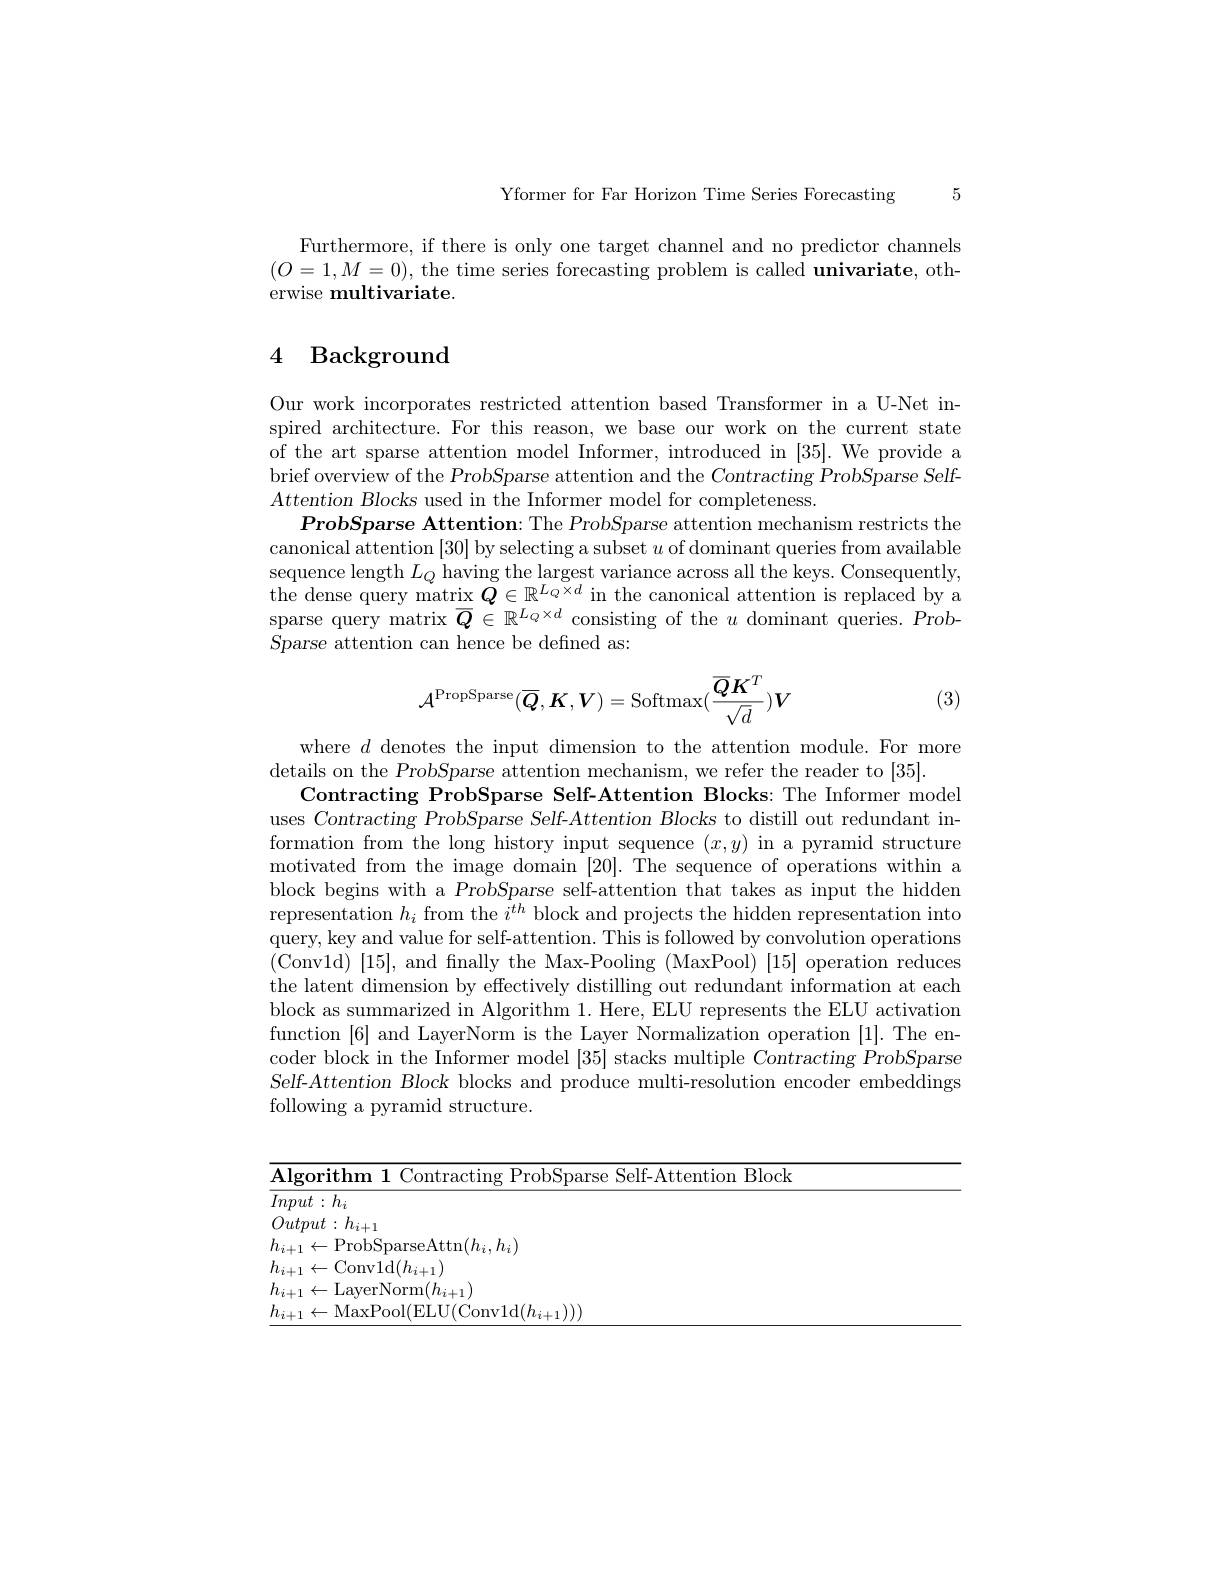
5

Yformer for Far Horizon Time Series Forecasting

Furthermore, if there is only one target channel and no predictor channels $(O=1,M=0)$, the time series forecasting problem is called univariate, otherwise multivariate.

# 4 Background

Our work incorporates restricted attention based Transformer in a U-Net inspired architecture. For this reason, we base our work on the current state of the art sparse attention model Informer, introduced in [35]. We provide a brief overview of the ProbSparse attention and the Contracting ProbSparse SelfAttentionBlocks used in the Informer model for completeness.
ProbSparse Attention: The ProbSparse attention mechanism restricts the canonical attention [30] by selecting a subset $u$ of dominant queries from available sequence length $L_Q$ having the largest variance across all the keys. Consequently, he dense query matrix $\bar{Q}\in\mathbb{R}^{L_{Q}\times d}$ in the canonical attention is replaced by a sparse query matrix $\overline{Q}\in\mathbb{R}^{L_Q\times d}$ consisting of the $u$ dominant queries. Prob- $S$parse attention can hence be defined as:
$$\mathcal{A}^{\mathrm{PropSparse}}(\overline{Q},K,V)=\mathrm{Softmax}(\frac{\overline{Q}K^{T}}{\sqrt{d}})\boldsymbol{V}$$
(3)

where $d$ denotes the input dimension to the attention module. For more
details on the ProbSparse attention mechanism, we refer the reader to [35].
Contracting ProbSparse Self-Attention Blocks: The Informer model uses Contracting ProbSparse Self-Attention Blocks to distill out redundant information from the long history input sequence $(x,y)$ in a pyramid structure motivated from the image domain [20]. The sequence of operations within a block begins with a ProbSparse self-attention that takes as input the hidden representation $h_i$ from the $i^{th}$ block and projects the hidden representation into query, key and value for self-attention. This is followed by convolution operations (Conv1d) [15], and finally the Max-Pooling (MaxPool) [15] operation reduces the latent dimension by effectively distilling out redundant information at each block as summarized in Algorithm 1. Here, ELU represents the ELU activation function [6] and LayerNorm is the Layer Normalization operation [1]. The encoder block in the Informer model [35] stacks multiple Contracting ProbSparse Self-Attention Block blocks and produce multi-resolution encoder embeddings following a pyramid structure.

<table>
	<tbody>
		<tr>
			<th>Algorithm 1 Contracting ProbSparse Self-</th>
			<th>$\overline{{\mathbf{Al}\mathbf{\varepsilon}}}$ 1</th>
			<th>self- Attention Block</th>
		</tr>
		<tr>
			<td>$\overline{Input:h_{i}}$</td>
			<td>$\overline{Inp};$</td>
			<td> </td>
		</tr>
		<tr>
			<td>$(ntnnt$ ${\cdot}\cdot h$ $i+1$</td>
			<td>Out</td>
			<td> </td>
		</tr>
		<tr>
			<td>$n(h_{i}.h_{i})$ Attr</td>
			<td>$h_{i+}$ 1</td>
			<td> </td>
		</tr>
		<tr>
			<td>Convld$( h_{i+ 1})$</td>
			<td>$h_{i+}$ 1</td>
			<td> </td>
		</tr>
		<tr>
			<td>i$( h_i+ 1)$</td>
			<td>$h_{i+}$ 1</td>
			<td> </td>
		</tr>
		<tr>
			<td> </td>
			<td>$h_{i,1}$ 1</td>
			<td> </td>
		</tr>
	</tbody>
</table>